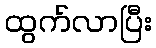
ထွက်လာပြီး